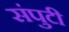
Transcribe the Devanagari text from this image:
संपुटी